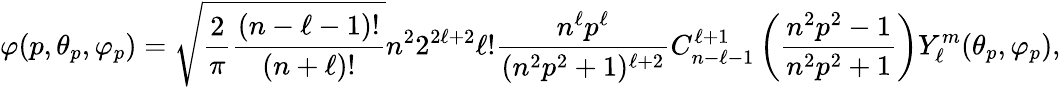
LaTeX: \varphi(p,\theta_{p},\varphi_{p})={\sqrt{{\frac{2}{\pi}}{\frac{(n-\ell-1)!}{(n+\ell)!}}}}n^{2}2^{2\ell+2}\ell!{\frac{n^{\ell}p^{\ell}}{(n^{2}p^{2}+1)^{\ell+2}}}C_{n-\ell-1}^{\ell+1}\left({\frac{n^{2}p^{2}-1}{n^{2}p^{2}+1}}\right)Y_{\ell}^{m}(\theta_{p},\varphi_{p}),